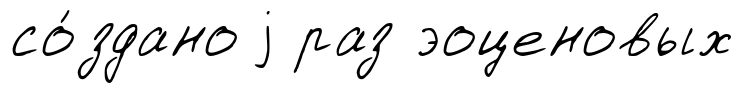
со́здано j раз эоценовых